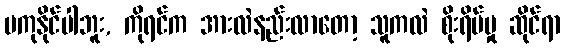
မကုနိုင်ပါဘူး, ကိုရင်က အားလဲနည်းလာတော့ သူကလဲ စိုးရိမ်မှု ဆိုင်ရာ